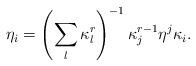
LaTeX: \begin{align*}\eta_i = \left( \sum_l \kappa_l^r \right)^{-1} \kappa_j^{r-1} \eta^j \kappa_i.\end{align*}